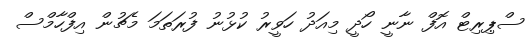
ސްޕިރިޓް އޮފް ނާނީ ހޯދީ މިއަދު ހަވީރު ކުޅުނު ފުރަތަމަ މެޗުން އިފްހާމްސް